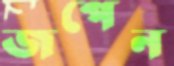
জপেন